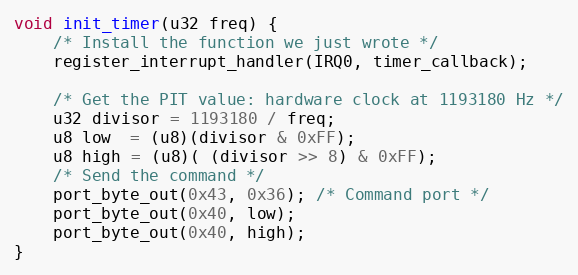
Language: C
void init_timer(u32 freq) {
    /* Install the function we just wrote */
    register_interrupt_handler(IRQ0, timer_callback);

    /* Get the PIT value: hardware clock at 1193180 Hz */
    u32 divisor = 1193180 / freq;
    u8 low  = (u8)(divisor & 0xFF);
    u8 high = (u8)( (divisor >> 8) & 0xFF);
    /* Send the command */
    port_byte_out(0x43, 0x36); /* Command port */
    port_byte_out(0x40, low);
    port_byte_out(0x40, high);
}